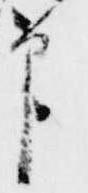
印